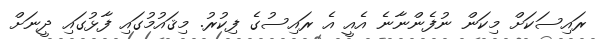
ރައިސަކަށް މިކަން ނުފެންނާނެ އެއީ އެ ރައިސުގެ ފިކުރު. މިޤައުމުގައި ފާޅުގައި ދީނަށް